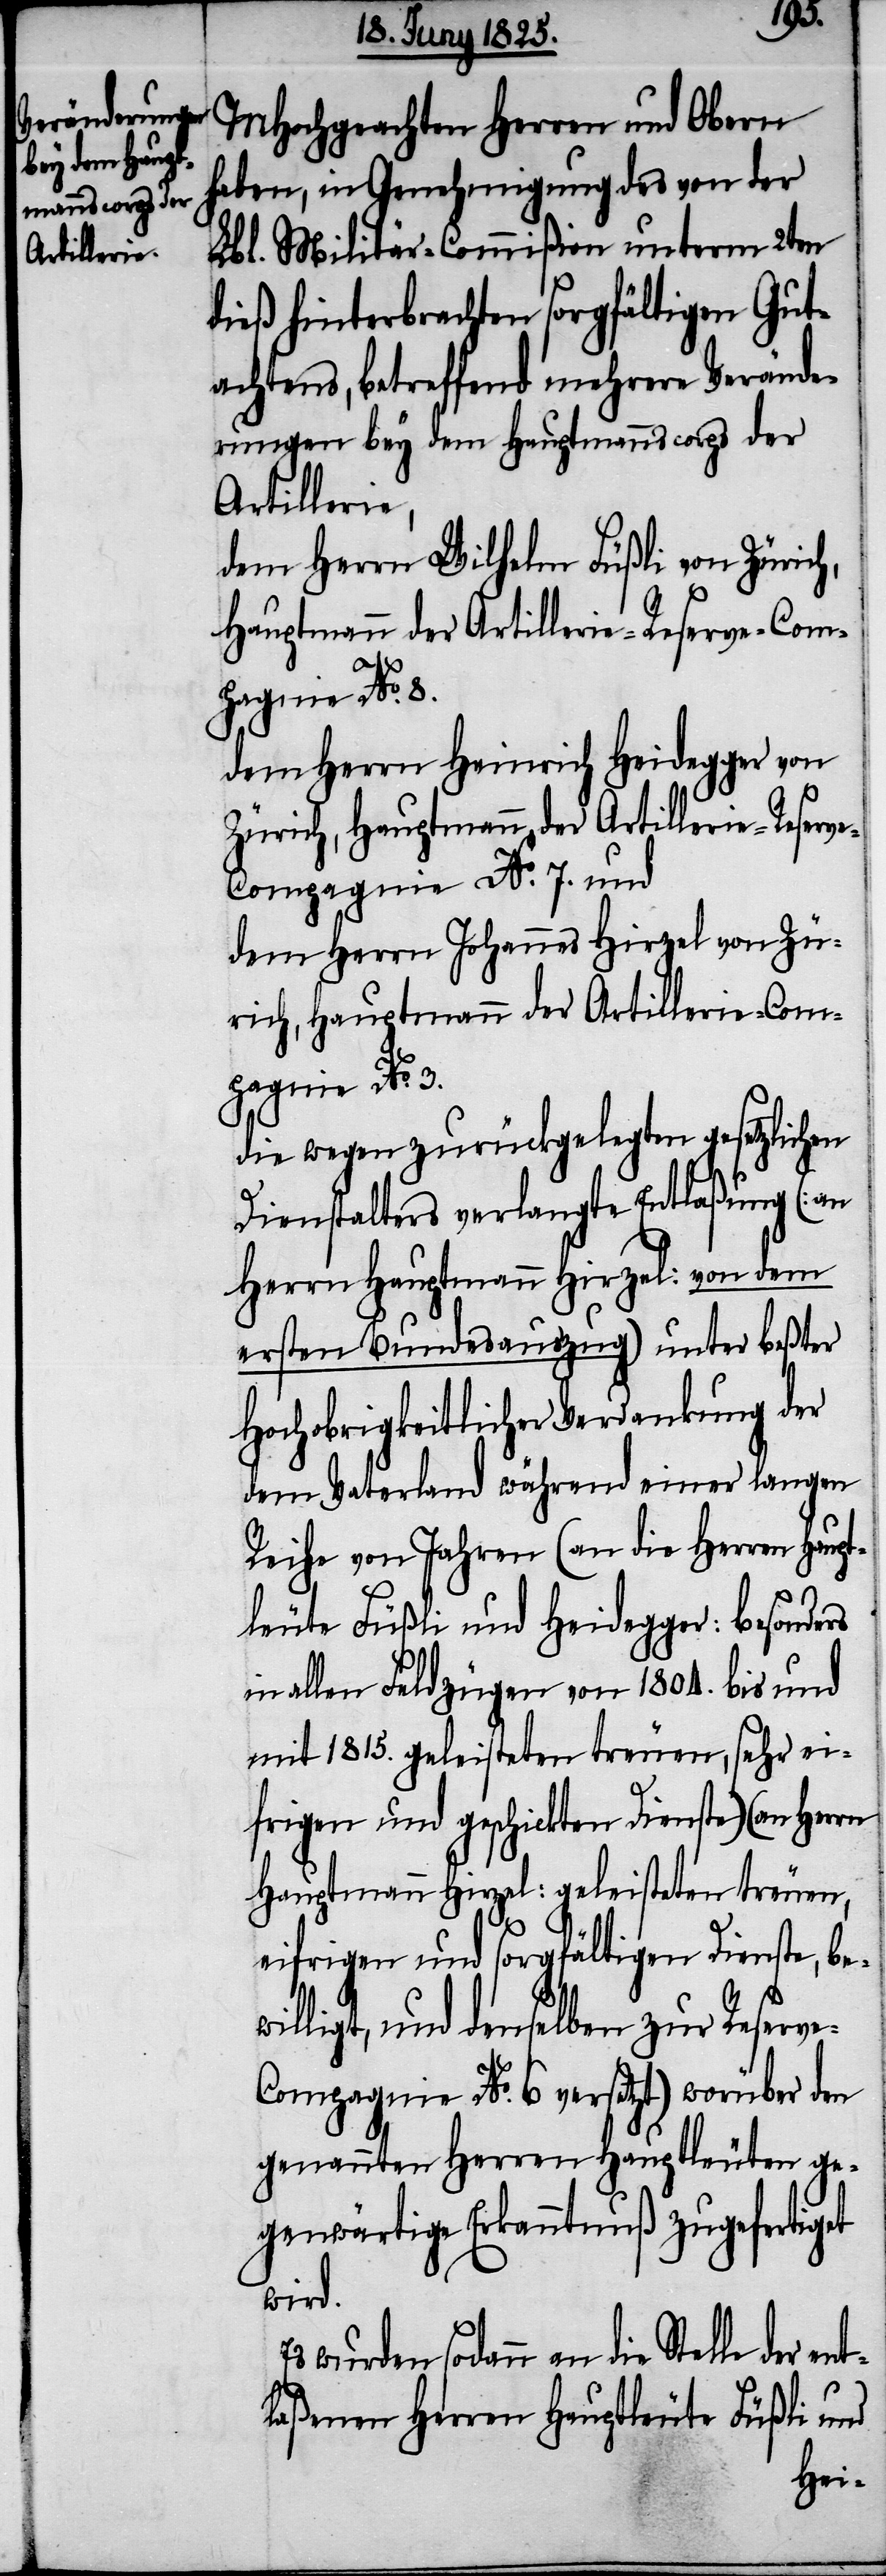
ew¬
MHochgeachten Herren und Obern
haben, in Genehmigung des von der
Lbl. Militär-Commißion unterm 2ten
dieß hinterbrachten sorgfältigen Gut¬
achtens, betreffend mehrere Verände¬
rungen bey dem Hauptmannscorps der
Artillerie,
dem Herrn Wilhelm Füßli von Zürich,
Hauptmann der Artillerie-Reserve-Com¬
pagnie No. 8.
dem Herrn Heinrich Heidegger von
Zürich, Hauptmann der Artillerie-Reserv¬
e-Compagnie No. 7. und
dem Herrn Johannes Hirzel von Zü¬
rich, Hauptmann der Artillerie-Com¬
pagnie No.
die wegen zurückgelegten gesetzlichen
Dienstalters verlangte Entlaßung (an
Herrn Hauptmann Hirzel: von dem
ersten Bundesauszug) unter beßter
Hochobrigkeitlicher Verdankung der
dem Vaterland während einer langen
Reihe von Jahren (an die Herren Haup¬
tleute Füßli und Heidegger: besonders
in allen Feldzügen von 1804. bis und
mit 1815. geleisteten treuen, sehr ei¬
frigen und geschickten Dienste) (an Herrn
Hauptmann Hirzel: geleisteten treuen,
eifrigen und sorgfältigen Dienste, b¬
illigt, und denselben zur Reserv¬
e-Compagnie No. 6 versetzt) worüber den
genannten Herren Hauptleuten ge¬
genwärtige Erkanntnuß zugefertigt
wird.
Es wurden sodann an die Stelle der en¬
tlaßenen Herren Hauptleute Füßli und